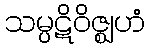
သမ္ပဋိဝိဇ္ဈဟံ